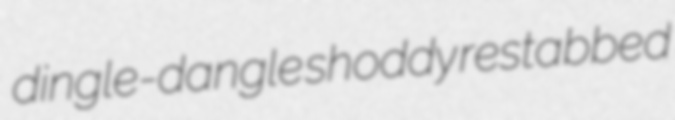
dingle-dangle shoddy restabbed